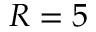
R = 5